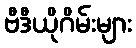
ဗီဒီယိုဂိမ်းများ